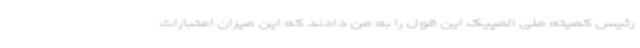
رئیس کمیته ملی المپیک این قول را به من دادند که این میزان اعتبارات